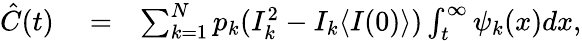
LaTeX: \begin{array}{rlr}{\hat{C}(t)}&{{}=}&{\sum_{k=1}^{N}p_{k}(I_{k}^{2}-I_{k}\langle I(0)\rangle)\int_{t}^{\infty}\psi_{k}(x)dx,}\end{array}